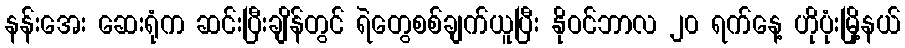
နန်းအေး ဆေးရုံက ဆင်းပြီးချိန်တွင် ရဲတွေစစ်ချက်ယူပြီး နိုဝင်ဘာလ ၂၀ ရက်နေ့ ဟိုပုံးမြို့နယ်